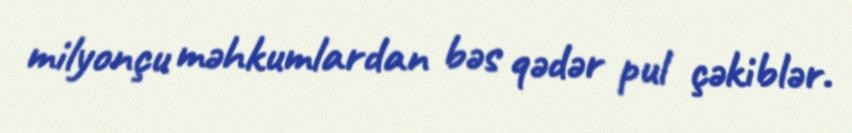
milyonçu məhkumlardan bəs qədər pul çəkiblər.